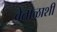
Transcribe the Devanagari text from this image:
वेताळाशी